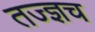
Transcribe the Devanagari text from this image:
तज्ज्ञच